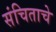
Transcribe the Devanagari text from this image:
संचिताचे